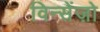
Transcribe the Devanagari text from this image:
विन्सेंज़ो